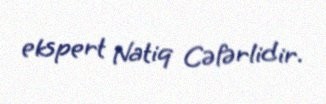
ekspert Natiq Cəfərlidir.